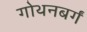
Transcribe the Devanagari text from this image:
गोथनबर्गं